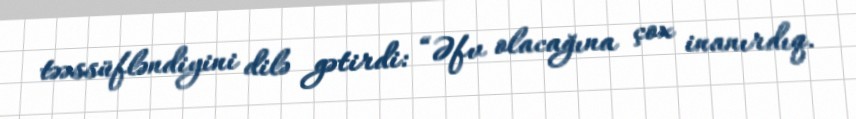
təəssüfləndiyini dilə gətirdi: “Əfv olacağına çox inanırdıq.